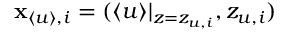
\mathbf { x } _ { \langle u \rangle , i } = ( \langle u \rangle | _ { z = z _ { u , i } } , z _ { u , i } )